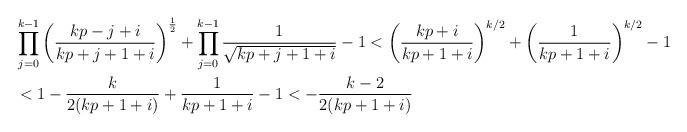
LaTeX: \begin{align*}&\prod_{j=0}^{k-1} \left(\frac{kp-j+i}{kp+j+1+i}\right)^{\frac{1}{2}} + \prod_{j=0}^{k-1} \frac{1}{\sqrt{kp+j+1+i}} - 1 < \left(\frac{kp+i}{kp+1+i}\right)^{k/2} + \left(\frac{1}{kp+1+i}\right)^{k/2} - 1 \\& < 1 - \frac{k}{2(kp+1+i)} + \frac{1}{kp+1+i} - 1 < - \frac{k-2}{2(kp+1+i)} \end{align*}